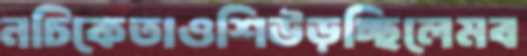
নচিকেতাওশিউড়চ্ছিলেমব